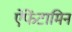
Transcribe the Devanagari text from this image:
ऐंफेंटामिन